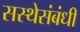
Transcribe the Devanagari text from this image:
सस्थेसंबंधी